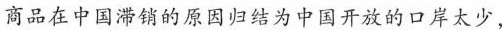
商品在中国滞销的原因归结为中国开放的口岸太少，